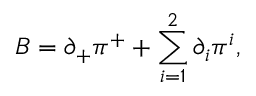
B = { \partial } _ { + } { \pi } ^ { + } + \sum _ { i = 1 } ^ { 2 } { \partial } _ { i } { \pi } ^ { i } ,